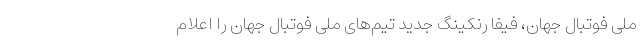
ملی فوتبال جهان، فیفا رنکینگ جدید تیم‌های ملی فوتبال جهان را اعلام